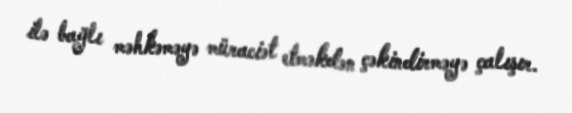
ilə bağlı məhkəməyə müraciət etməkdən çəkindirməyə çalışır.